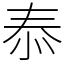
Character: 㤗